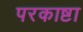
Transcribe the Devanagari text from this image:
परकाष्टा